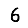
Digit: 6